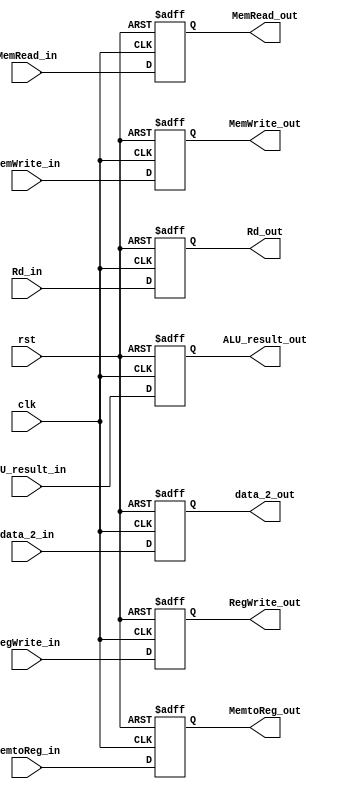
module MEM_Pipeline_Reg
(   input                   clk,
    input                   rst,
    input                   RegWrite_in,
    input                   MemtoReg_in,
    input                   MemRead_in,
    input                   MemWrite_in,
    input           [31:0]  ALU_result_in,
    input           [31:0]  data_2_in,
    input           [4:0]   Rd_in,

    output  reg             RegWrite_out,
    output  reg             MemtoReg_out,
    output  reg             MemRead_out,
    output  reg             MemWrite_out,
    output  reg     [31:0]  ALU_result_out,
    output  reg     [31:0]  data_2_out,
    output  reg     [4:0]   Rd_out
);  // output data

always @(posedge clk or negedge rst) begin
    if (~rst) begin
        RegWrite_out        <= 1'h0;
        MemtoReg_out        <= 1'h0;
        MemRead_out         <= 1'h0;
        MemWrite_out        <= 1'h0;
        ALU_result_out      <= 32'h0;
        data_2_out          <= 32'h0;
        Rd_out              <= 32'h0;
    end 
    else begin
        RegWrite_out        <= RegWrite_in;
        MemtoReg_out        <= MemtoReg_in;
        MemRead_out         <= MemRead_in;
        MemWrite_out        <= MemWrite_in;
        ALU_result_out      <= ALU_result_in;
        data_2_out          <= data_2_in;
        Rd_out              <= Rd_in;
    end
end

endmodule